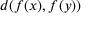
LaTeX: d ( f ( x ) , f ( y ) )